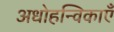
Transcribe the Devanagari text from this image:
अधोहन्विकाएँ